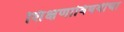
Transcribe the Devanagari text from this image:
शिक्षणाविषयीचा